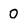
Character: 0